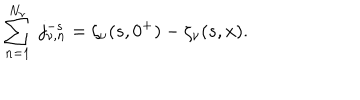
\sum _ { n = 1 } ^ { N _ { \nu } } \ j _ { \nu , n } ^ { - s } = \zeta _ { \nu } ( s , 0 ^ { + } ) - \zeta _ { \nu } ( s , x ) .